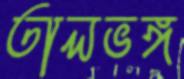
তালভঙ্গ